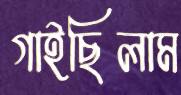
গাইছিলাম